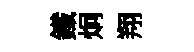
鐵炯翔